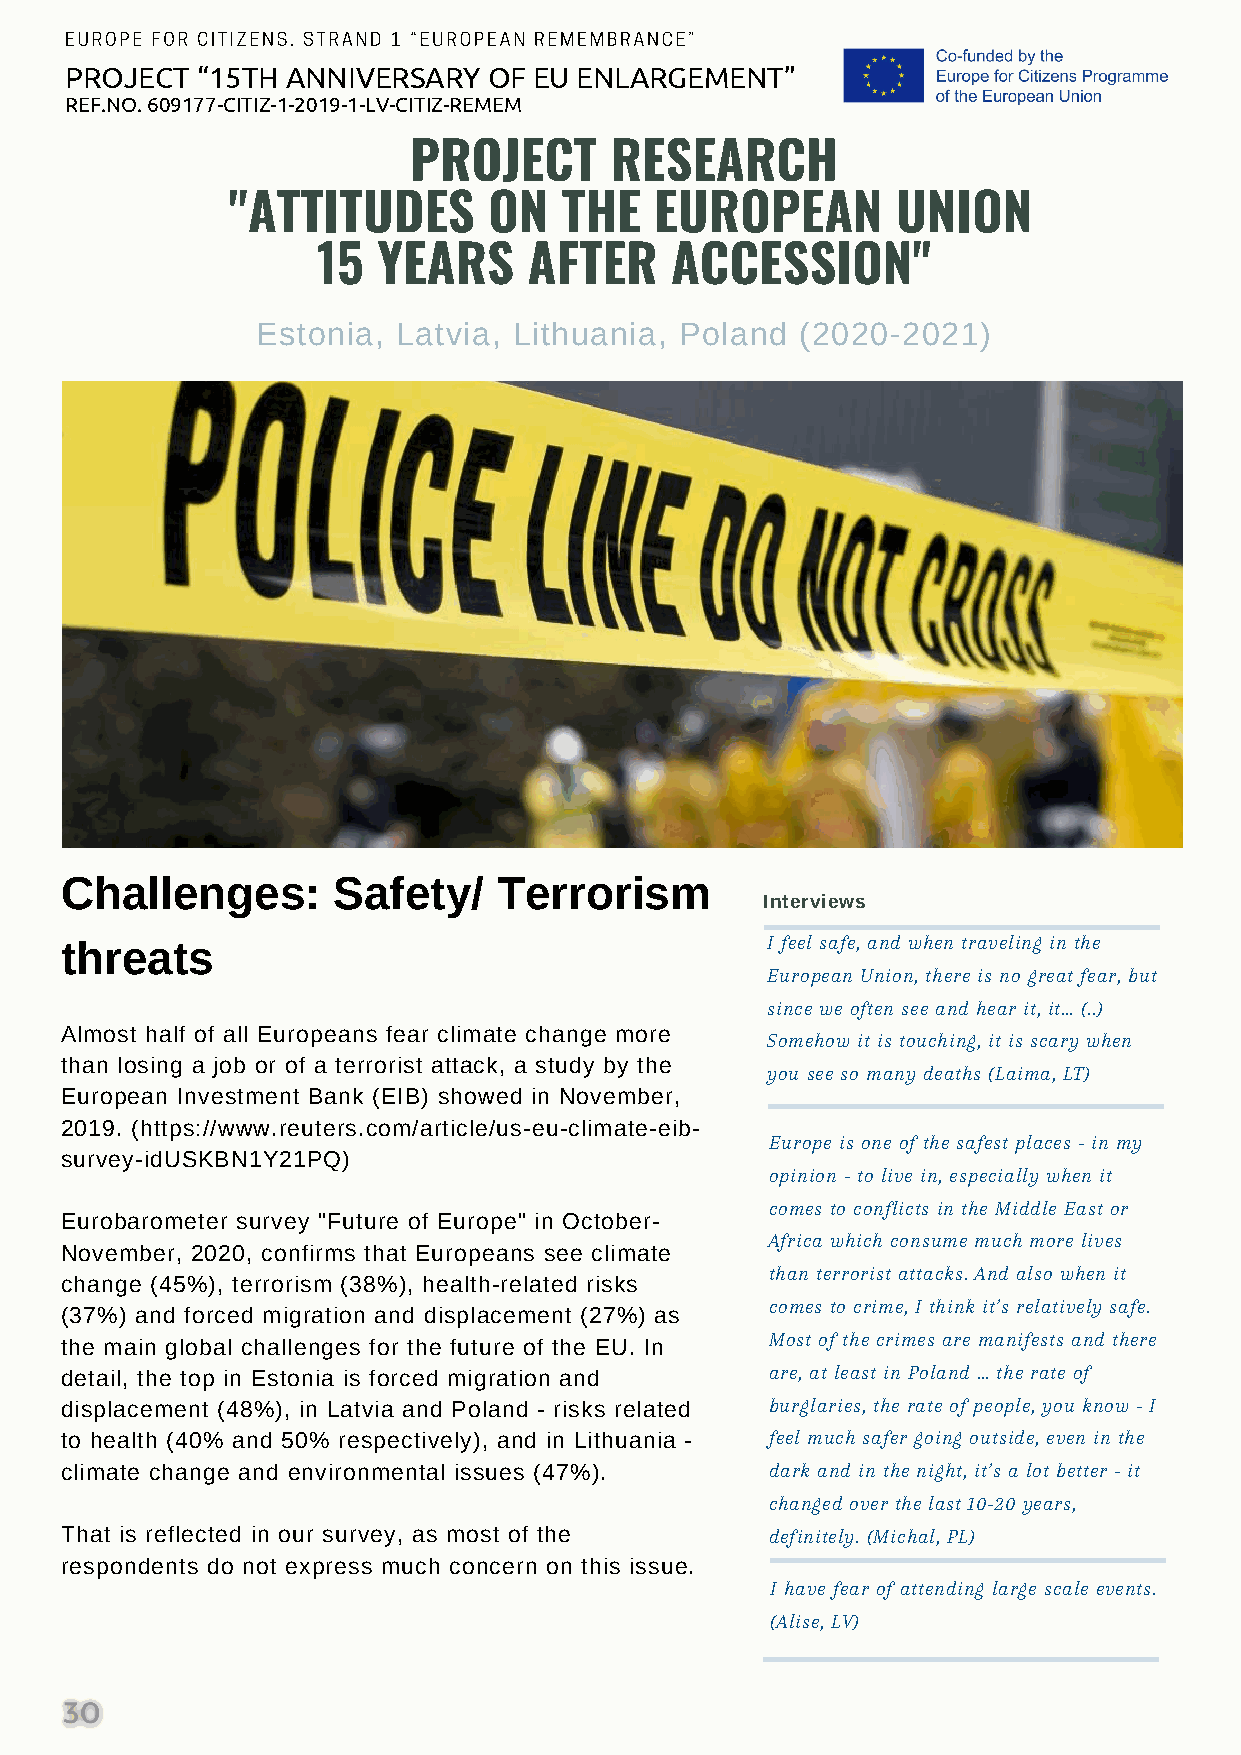
EUROPE FOR CITIZENS. STRAND 1 “EUROPEAN REMEMBRANCE”
 PROJECT  “15TH ANNIVERSARY  OF EU ENLARGEMENT”
 REF.NO. 609177-CITIZ-1-2019-1-LV-CITIZ-REMEM
 PROJECT      RESEARCH
 "ATTITUDES       ON   THE   EUROPEAN        UNION
 15  YEARS     AFTER    ACCESSION"
 Estonia, Latvia, Lithuania, Poland  (2020-2021)
 Challenges:       Safety/    Terrorism
 Interviews
 threats                                        I feel safe, and when traveling in the
 European Union, there is no great fear, but
 since we often see and hear it, it… (..)
 Almost half of all Europeans fear climate change more
 Somehow it is touching, it is scary when
 than losing a job or of a terrorist attack, a study by the
 you see so many deaths (Laima, LT)
 European Investment Bank (EIB) showed in November,
 2019. (https://www.reuters.com/article/us-eu-climate-eib-
 Europe is one of the safest places - in my
 survey-idUSKBN1Y21PQ)
 opinion - to live in, especially when it
 comes to conflicts in the Middle East or
 Eurobarometer survey "Future of Europe" in October-
 Africa which consume much more lives
 November, 2020, confirms that Europeans see climate
 than terrorist attacks. And also when it
 change (45%), terrorism (38%), health-related risks
 comes to crime, I think it’s relatively safe.
 (37%) and forced migration and displacement (27%) as
 Most of the crimes are manifests and there
 the main global challenges for the future of the EU. In
 detail, the top in Estonia is forced migration and are, at least in Poland … the rate of
 displacement (48%), in Latvia and Poland - risks related burglaries, the rate of people, you know - I
 to health (40% and 50% respectively), and in Lithuania - feel much safer going outside, even in the
 climate change and environmental issues (47%). dark and in the night, it’s a lot better - it
 changed over the last 10-20 years,
 That is reflected in our survey, as most of the definitely. (Michal, PL)
 respondents do not express much concern on this issue.
 I have fear of attending large scale events.
 (Alise, LV)